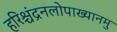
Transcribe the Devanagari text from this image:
हरिश्चंद्रनलोपाख्यानमु